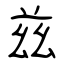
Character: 兹